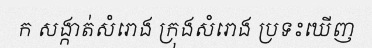
ក សង្កាត់សំរោង ក្រុងសំរោង ប្រទះឃើញ